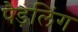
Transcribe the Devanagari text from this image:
पैड़लिंग